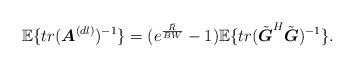
LaTeX: \begin{align*}\mathbb{E}\{tr(\boldsymbol{A}^{(dl)})^{-1}\}=(e^{\frac{\bar{R}}{BW}}-1)\mathbb{E}\{tr(\tilde{\boldsymbol{G}}^H\tilde{\boldsymbol{G}})^{-1}\}.\end{align*}